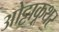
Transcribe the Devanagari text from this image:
ओट्टाकूथर